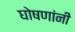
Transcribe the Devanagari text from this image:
घोषणांनी